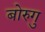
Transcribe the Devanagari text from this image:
बोरुगु